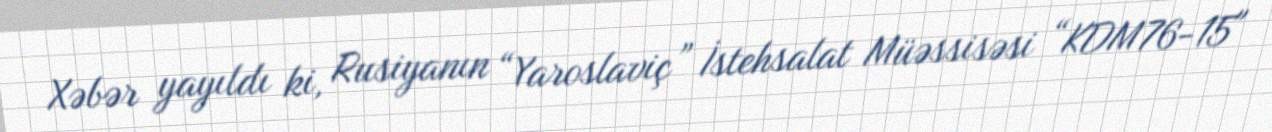
Xəbər yayıldı ki, Rusiyanın “Yaroslaviç” İstehsalat Müəssisəsi “KDM76-15"